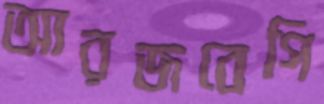
আরজবেগি